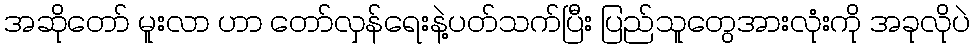
အဆိုတော် မူးလာ ဟာ တော်လှန်ရေးနဲ့ပတ်သက်ပြီး ပြည်သူတွေအားလုံးကို အခုလိုပဲ